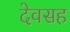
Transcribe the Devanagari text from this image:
देवसह